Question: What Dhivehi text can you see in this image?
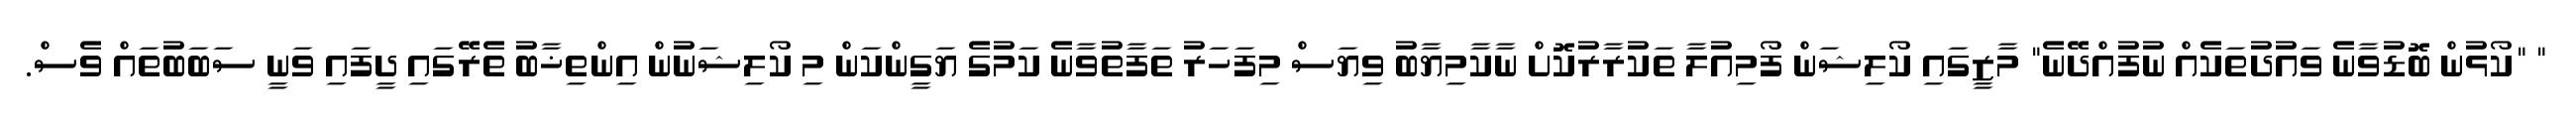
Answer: " "ކޯޅުން ބޮޑުވާނެ ވައުދުތަކެއް ނުފުއްދޭނެ" މާޒީގައި ކޯލިޝަން ފޯމިއުލާ ތަކުރާރުކޮށް ނާކާމިޔާބު ވިޔަސް މިފަހަރު ތަފާތުވާނެ ކަމުގެ ޔަގީންކަން މި ކޯލިޝަނުން އިންތިޚާބު ތެރޭގައި ދީފައި ވަނީ ސަބަބުތައް ވެސް.